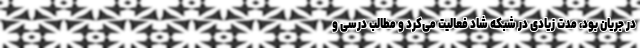
در جریان بود، مدت زیادی در شبکه شاد فعالیت می‌کرد و مطالب درسی و